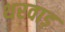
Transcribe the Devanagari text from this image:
थरवाड़